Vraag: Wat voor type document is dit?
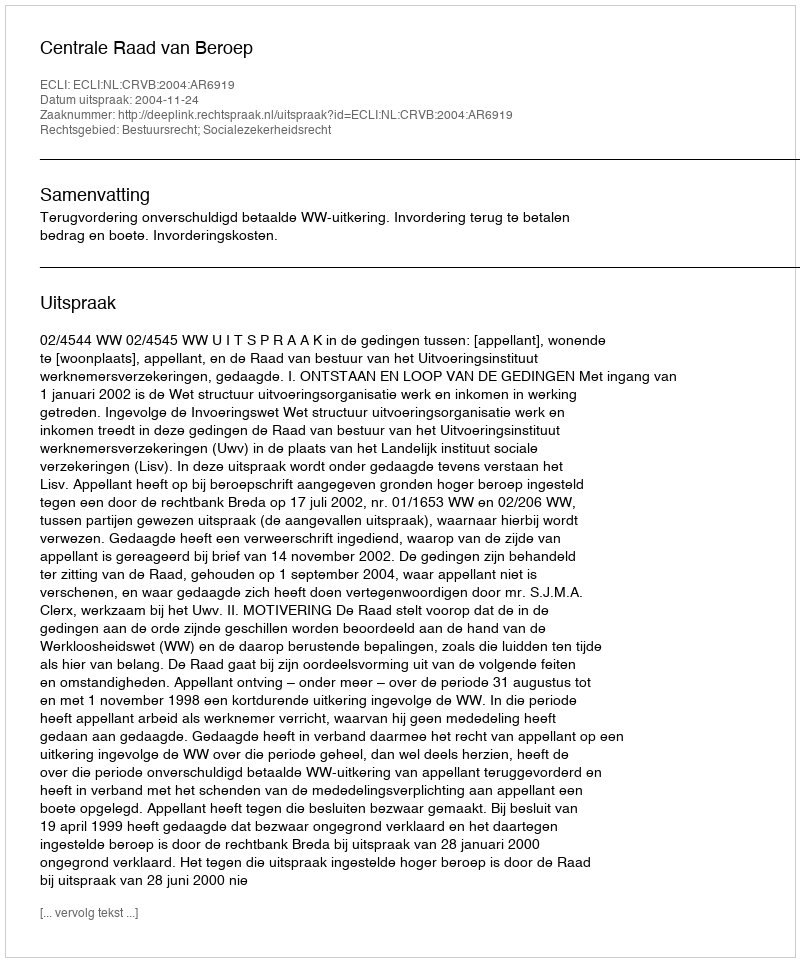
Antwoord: Uitspraak